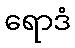
ရောဒံ